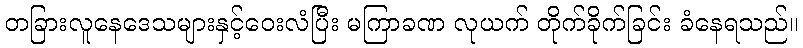
တခြားလူနေဒေသများနှင့်ဝေးလံပြီး မကြာခဏ လုယက် တိုက်ခိုက်ခြင်း ခံနေရသည်။